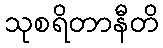
သုစရိတာနီတိ